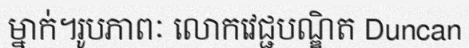
ម្នាក់។រូបភាពៈ លោកវេជ្ជបណ្ឌិត Duncan